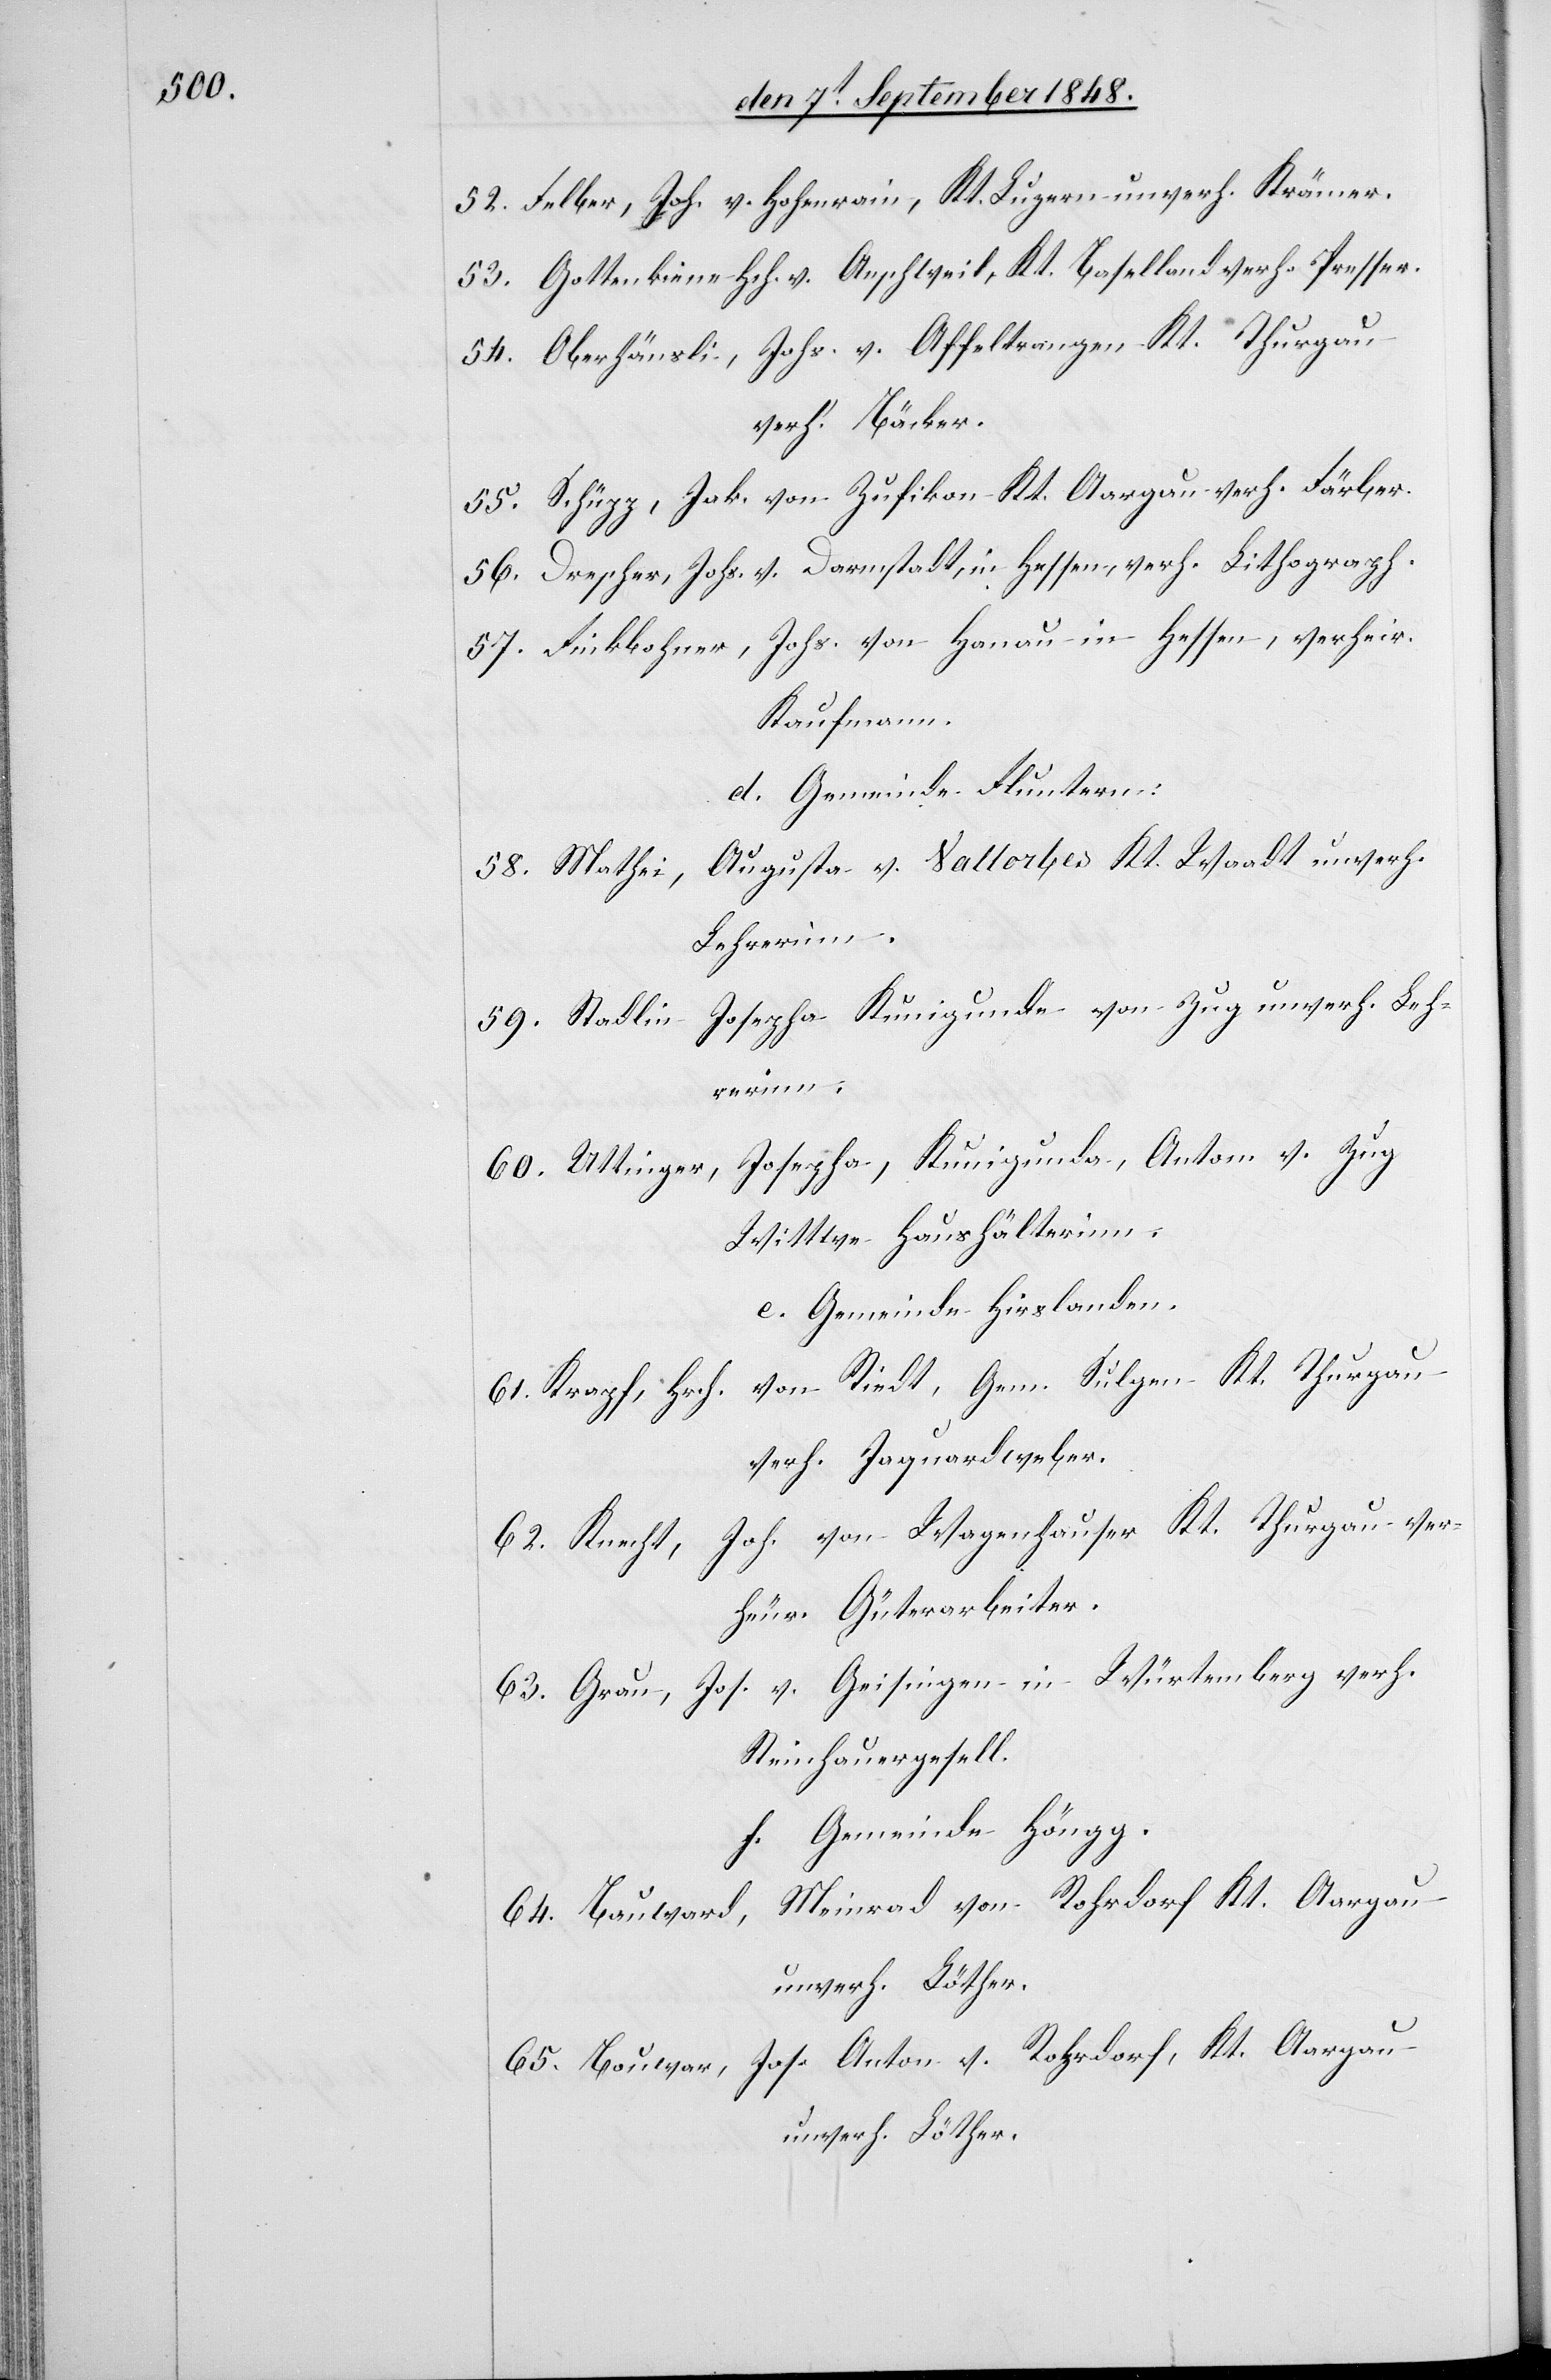
52. Felber, Joh. von Hohenrain, Kt. Luzern unverh. Krämer.
53. Gottenkiene Hch. v. Aeschweil, Kt. Baselland verh. Presser.
54. Oberhäusli, Johs. v. Affeltrangen Kt. Thurgau
verh. Bäcker.
55. Schüzz, Jak. von Zufikon Kt. Aargau verh. Fäber.
56. Drescher, Johs. v. Darmstadt, in Hessen, verh. Lithograph.
57. Finkbohner, Johs. von Hanau in Hessen, verheir.
Kaufmann.
d. Gemeinde Fluntern.
Augusta v. Vallorbes Kt. Waadt under.
58. Mathei,
Lehrerinn.
Josepha Kunigunde von Zug unverh. Leh¬
59. Stadlin
rerinn;
60. Uttinger, Josepha, Kunigunda, Anton v. Zug
Wittwe Haushälterinn.
e. Gemeinde Hirslanden.
61. Krapf, Hrch. von Riedt, Gem. Sulgen Kt. Thurgau
verh. Jaquardweber.
62. Knecht, Joh. von Wagenhauser Kt. Thurgau ver¬
heur. Güterarbeiter.
63. Grau, Jos. v. Geisingen in Würtemberg verh.
Steinhauergesell.
f. Gemeinde Höngg.
Meinrad von Rohrdorf Kt. Aargau
64. Bauward,
unverh. Löther.
65. Bauwar[d], Jos. Anton v. Rohrdorf, Kt. Aargau
unverh. Löhter.